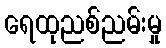
ရေထုညစ်ညမ်းမှု